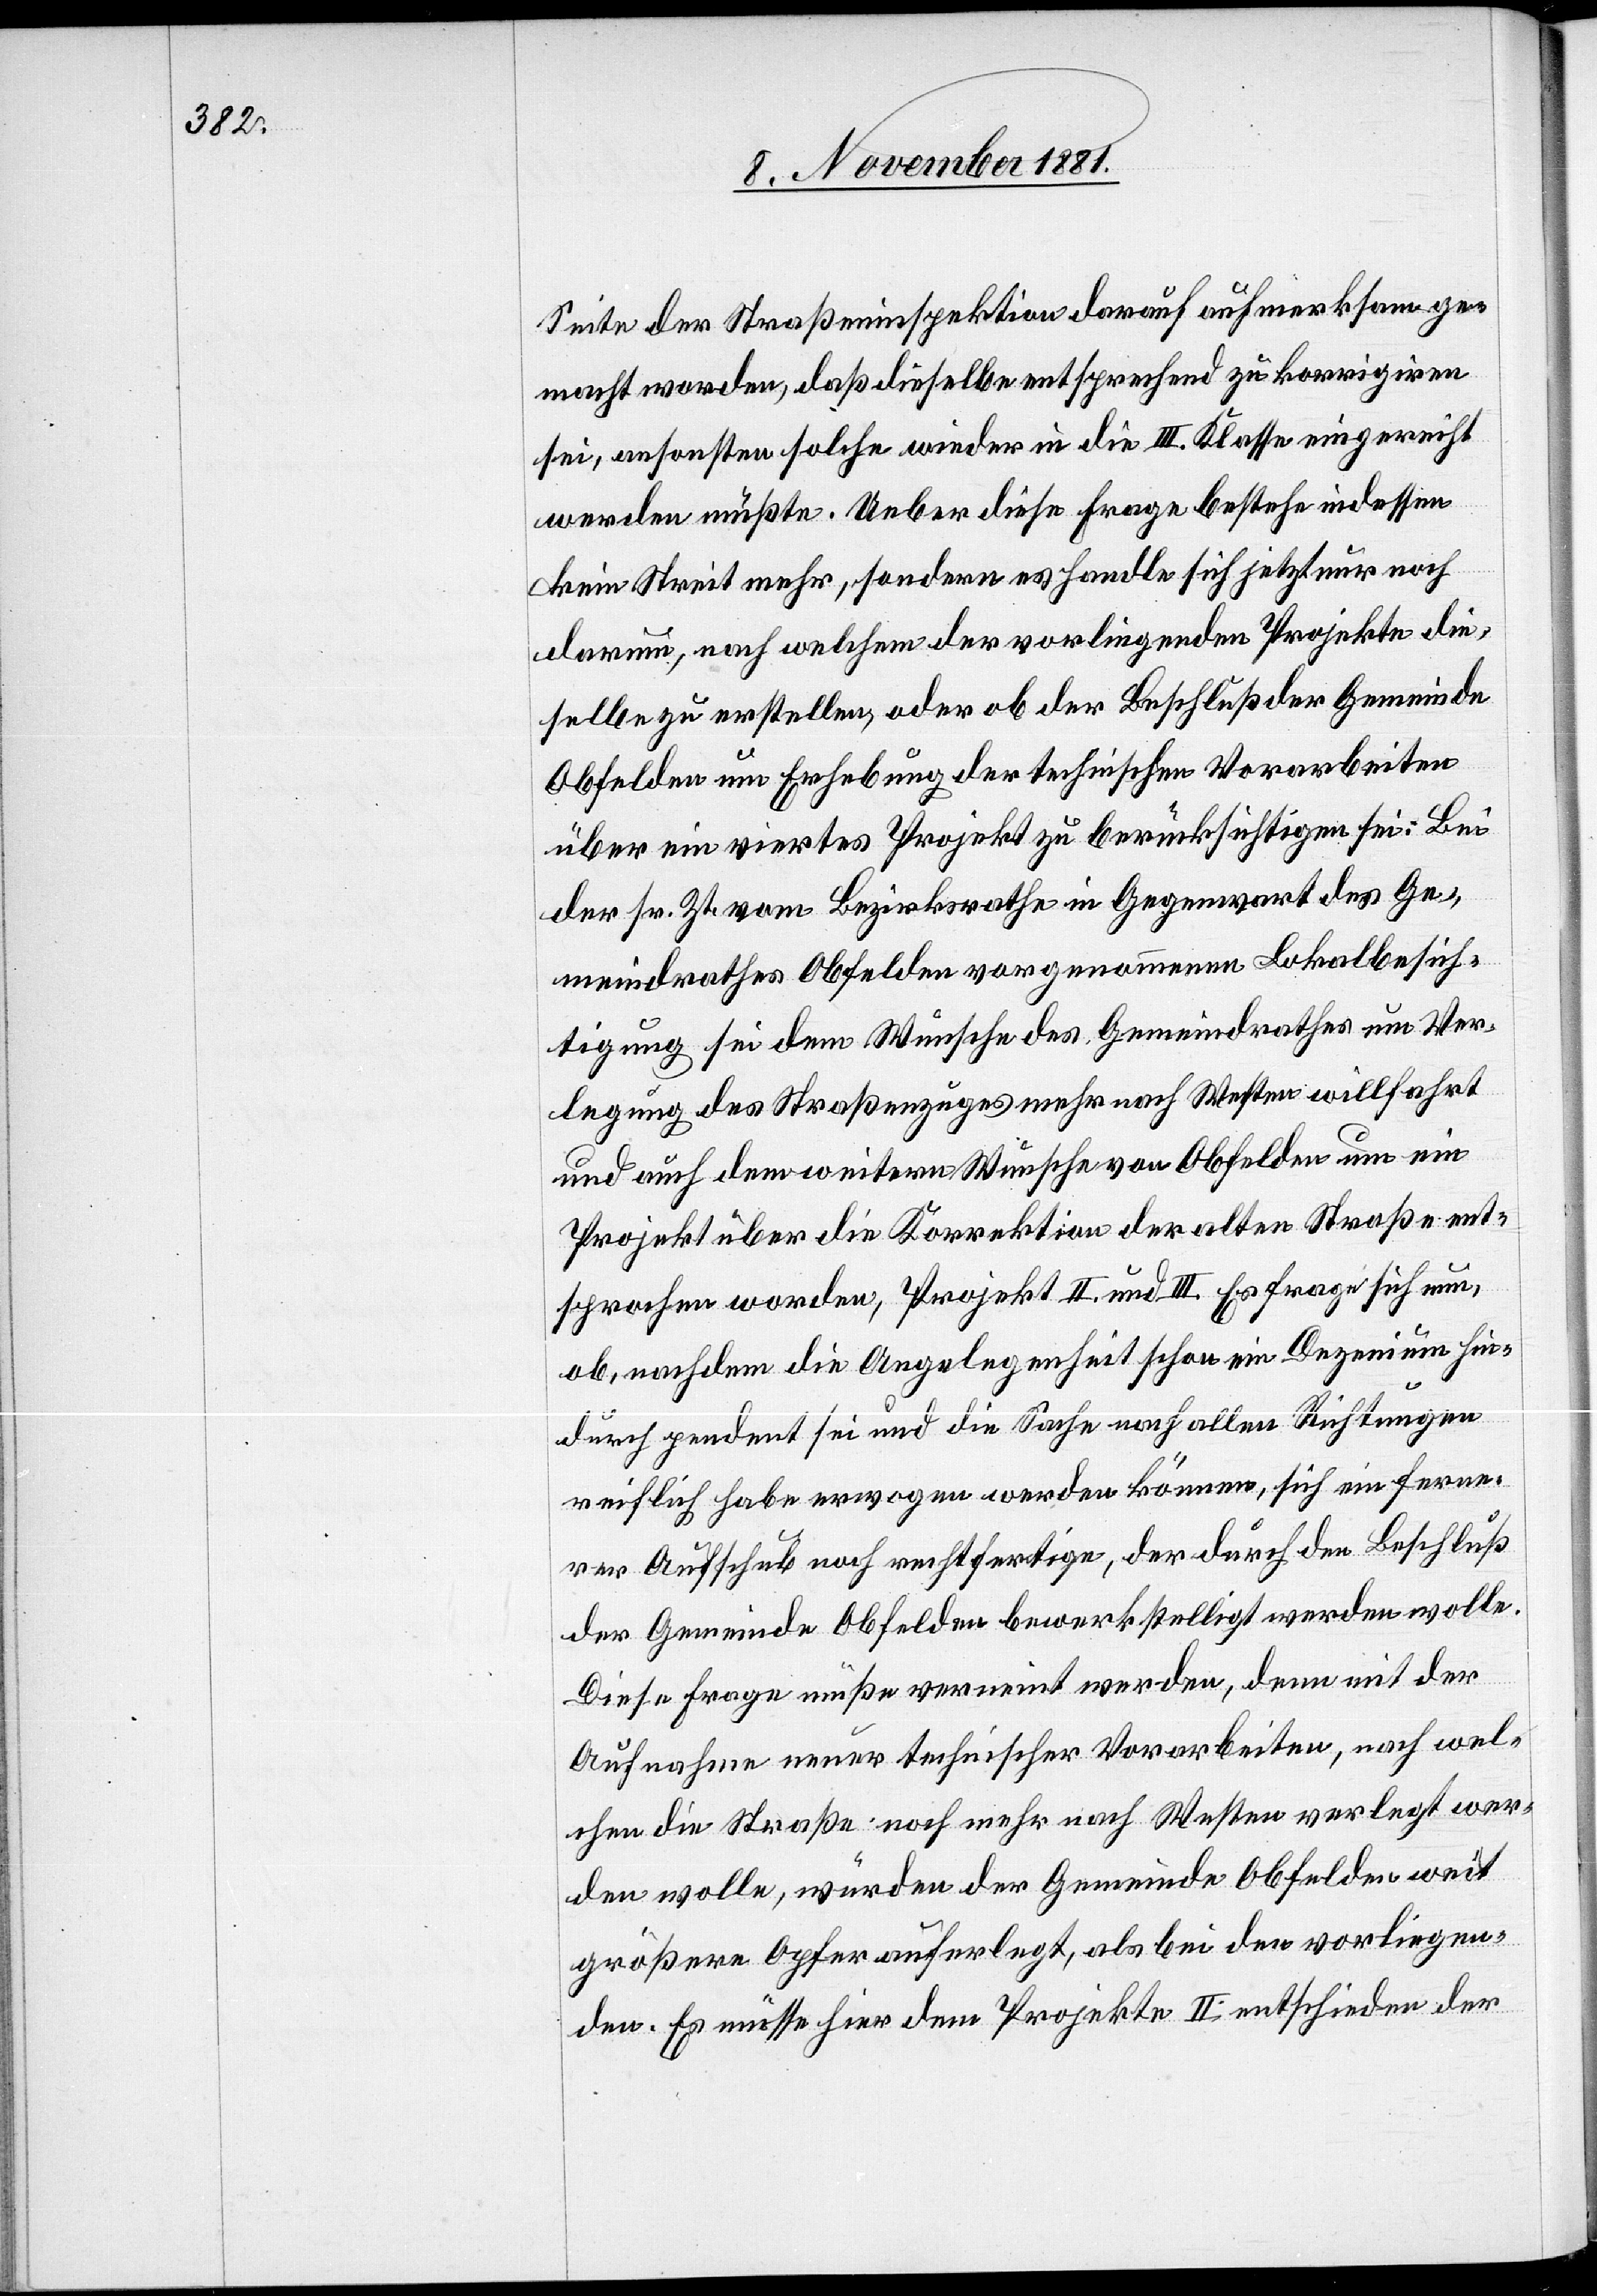
Seite der Straßeninspektion darauf aufmerksam ge¬
macht worden, daß dieselbe entsprechend zu korrigiren
sei, ansonsten solche wieder in die III. Klasse eingereicht
werden müßte. Ueber diese Frage bestehe indessen
kein Streit mehr, sondern es handle sich jetzt nur noch
darum, nach welchem der vorliegenden Projekte die¬
selbe zu erstellen, oder ob der Beschluß der Gemeinde
Obfelden um Erhebung der technischen Vorarbeiten
über ein viertes Projekt zu berücksichtigen sei. Bei
der sr. Zt. vom Bezirksrathe in Gegenwart des Ge¬
meindrathes Obfelden vorgenommenen Lokalbesich¬
tigung sei dem Wunsche des Gemeindrathes um Ver¬
legung des Straßenzuges mehr nach Westen willfahrt
und auch dem weitern Wunsche von Obfelden um ein
Projekt über die Korrektion der alten Straße ent¬
sprochen worden, Projekt II. und III. Es frage sich nun,
ob, nachdem die Angelegenheit schon ein Dezenium hin¬
durch pendent sei und die Sache nach allen Richtungen
reiflich habe erwogen werden können, sich ein ferne¬
rer Aufschub noch rechtfertige, der durch den Beschluß
der Gemeinde Obfelden bewerkstelligt werden wolle.
Diese Frage müße verneint werden, denn mit der
Aufnahme neuer technischer Vorarbeiten, nach wel¬
chen die Straße noch mehr nach Westen verlegt wer¬
den wolle, würden der Gemeinde Obfelden weit
größere Opfer auferlegt, als bei der vorliegen¬
den. Es müsse hier dem Projekte II entschieden der